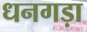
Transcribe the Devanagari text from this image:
धनगड़ा